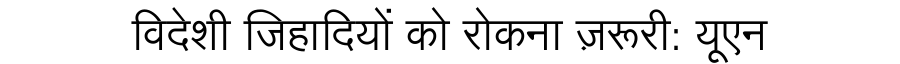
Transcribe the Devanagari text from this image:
विदेशी जिहादियों को रोकना ज़रूरी: यूएन